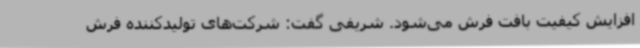
افزایش کیفیت بافت فرش می‌شود. شریفی گفت: شرکت‌های تولیدکننده فرش‌